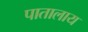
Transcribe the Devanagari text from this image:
पातालाय